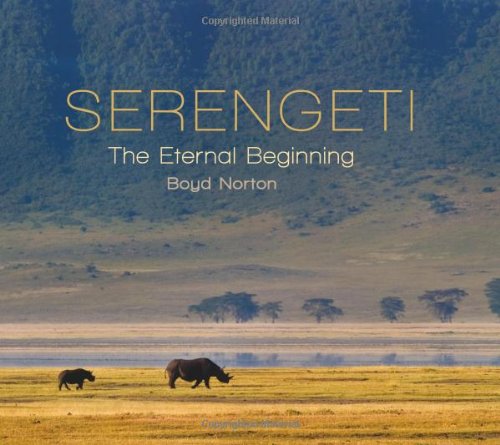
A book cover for Serengeti: The Eternal Beginning; Sports & Outdoors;